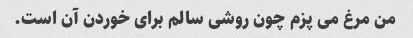
من مرغ می پزم چون روشی سالم برای خوردن آن است.